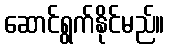
ဆောင်ရွက်နိုင်မည်။